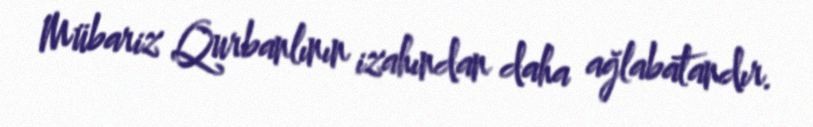
Mübariz Qurbanlının izahından daha ağlabatandır.